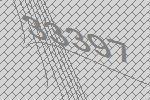
33397